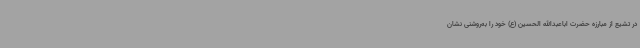
در تشیع از مبارزه حضرت اباعبدالله الحسین (ع) خود را به‌روشنی نشان